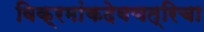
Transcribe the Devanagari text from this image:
विक्रमांकदेवचत्रिचा